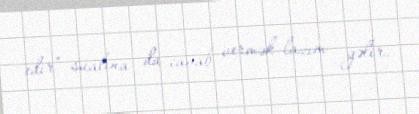
edir” sualına da cavab vermək lazım gəlir.